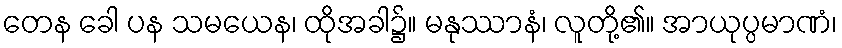
တေန ခေါ ပန သမယေန၊ ထိုအခါ၌။ မနုဿာနံ၊ လူတို့၏။ အာယုပ္ပမာဏံ၊